system: You are a helpful assistant.
user:
Analyze the provided spectrum to determine if it is a **Carbon Star (C-type)**.

- **Key Visual Indicators of Carbon Star:**
    - **(Primary):** Strong molecular absorption from **C₂ (diatomic carbon) "Swan Bands."** This is the **defining feature** of a carbon star.
        - **(Key Bandheads):** Sharp absorption edges are visible at approximately $5635$ Å, $5165$ Å (the strongest band), and $4737$ Å.
        - **(Line Profile):** Creates a distinct **"saw-tooth"** pattern. The key morphology is a sharp, steep bandhead on the **red (long-wavelength) side**, which then gradually tapers off (i.e., flux recovers) towards the **blue (short-wavelength) side**. *(This is the direct opposite of the TiO bands seen in M-type stars)*.

    - **(Secondary):** Intense **CN (cyanogen)** molecular absorption bands.
        - **(Key Bandheads):** Located in the blue and violet regions of the spectrum (e.g., near $4215$ Å and $3883$ Å).
        - **(Morphology):** These bands are extremely broad and act as a "blanket," absorbing the vast majority of blue and violet light. This creates a characteristic **"cliff"** or **"steep drop-off"** in the spectrum's flux at short wavelengths.

    - **(Key Confirmation):** Strong **CH absorption band (G-band)**.
        - **(Key Bandhead):** Located around $4300$ Å. The contribution from CH molecules to this band is exceptionally strong.

    - **(Overall Spectrum):**
        - The continuum is severely "chopped up" by these deep molecular bands, especially C₂, rather than appearing as a smooth curve.
        - Due to the heavy CN and C₂ absorption in the blue-green, the vast majority of the star's flux is concentrated in the red part of the spectrum, giving the star its characteristic deep red color.

Think first, call **spectral_visualization_tool** if needed to examine features in detail, then provide your final answer. Your response must adhere to the following strict rules:
1.  **Overall Structure:** Your response must follow the format `<think>...</think> <tool_call>...</tool_call> (if a tool is used) <answer>...</answer>`.
2.  **Tool Usage Constraint:** You may only make **one** tool call per turn.
3.  **Final Answer Format:** In the `<answer>` tag, your conclusion must be inside a `\boxed{}` command (e.g., `\boxed{YES}`), followed by your justification.

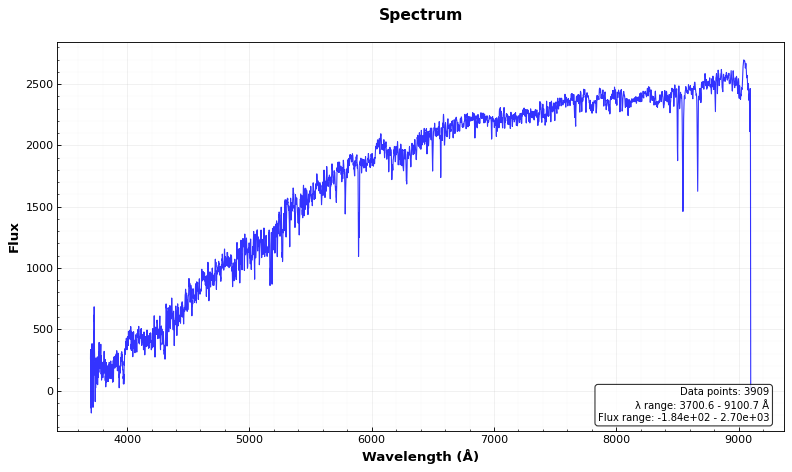
Answer: NO